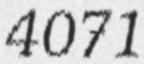
4071